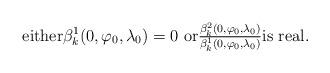
LaTeX: \begin{align*}\text{either$\beta_k^1(0,\varphi_0,\lambda_0)=0$ or$\tfrac{\beta_k^2(0,\varphi_0,\lambda_0)}{\beta_k^1(0,\varphi_0,\lambda_0)}$is real.}\end{align*}